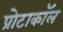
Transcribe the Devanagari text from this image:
प्रोटाकॉल